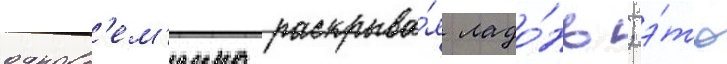
одновр'ем'енно раскрыва́я ладо́нь; э́то